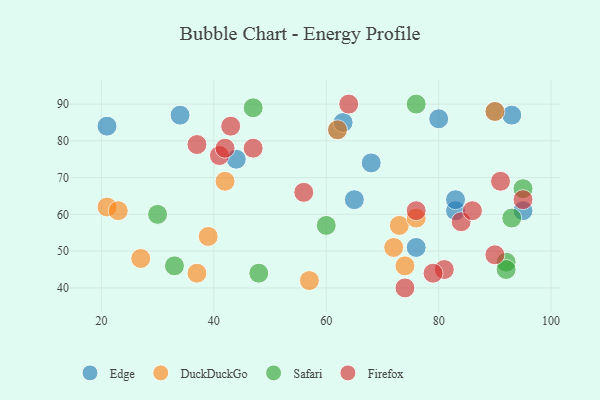
{"axis": {"x": "GDP", "y": "Life Expectancy"}, "legend": ["DuckDuckGo", "Edge", "Firefox", "Safari"], "data": [{"x": "90", "y": 88, "type": "Edge"}, {"x": "62", "y": 83, "type": "Edge"}, {"x": "83", "y": 61, "type": "Edge"}, {"x": "21", "y": 84, "type": "Edge"}, {"x": "80", "y": 86, "type": "Edge"}, {"x": "63", "y": 85, "type": "Edge"}, {"x": "93", "y": 87, "type": "Edge"}, {"x": "65", "y": 64, "type": "Edge"}, {"x": "68", "y": 74, "type": "Edge"}, {"x": "76", "y": 51, "type": "Edge"}, {"x": "44", "y": 75, "type": "Edge"}, {"x": "83", "y": 64, "type": "Edge"}, {"x": "34", "y": 87, "type": "Edge"}, {"x": "95", "y": 61, "type": "Edge"}, {"x": "73", "y": 57, "type": "DuckDuckGo"}, {"x": "21", "y": 62, "type": "DuckDuckGo"}, {"x": "57", "y": 42, "type": "DuckDuckGo"}, {"x": "90", "y": 88, "type": "DuckDuckGo"}, {"x": "42", "y": 69, "type": "DuckDuckGo"}, {"x": "27", "y": 48, "type": "DuckDuckGo"}, {"x": "62", "y": 83, "type": "DuckDuckGo"}, {"x": "39", "y": 54, "type": "DuckDuckGo"}, {"x": "76", "y": 59, "type": "DuckDuckGo"}, {"x": "37", "y": 44, "type": "DuckDuckGo"}, {"x": "74", "y": 46, "type": "DuckDuckGo"}, {"x": "72", "y": 51, "type": "DuckDuckGo"}, {"x": "23", "y": 61, "type": "DuckDuckGo"}, {"x": "92", "y": 47, "type": "Safari"}, {"x": "47", "y": 89, "type": "Safari"}, {"x": "76", "y": 90, "type": "Safari"}, {"x": "92", "y": 45, "type": "Safari"}, {"x": "95", "y": 67, "type": "Safari"}, {"x": "93", "y": 59, "type": "Safari"}, {"x": "30", "y": 60, "type": "Safari"}, {"x": "48", "y": 44, "type": "Safari"}, {"x": "33", "y": 46, "type": "Safari"}, {"x": "60", "y": 57, "type": "Safari"}, {"x": "37", "y": 79, "type": "Firefox"}, {"x": "84", "y": 58, "type": "Firefox"}, {"x": "95", "y": 64, "type": "Firefox"}, {"x": "47", "y": 78, "type": "Firefox"}, {"x": "76", "y": 61, "type": "Firefox"}, {"x": "86", "y": 61, "type": "Firefox"}, {"x": "81", "y": 45, "type": "Firefox"}, {"x": "41", "y": 76, "type": "Firefox"}, {"x": "74", "y": 40, "type": "Firefox"}, {"x": "43", "y": 84, "type": "Firefox"}, {"x": "56", "y": 66, "type": "Firefox"}, {"x": "91", "y": 69, "type": "Firefox"}, {"x": "90", "y": 49, "type": "Firefox"}, {"x": "64", "y": 90, "type": "Firefox"}, {"x": "79", "y": 44, "type": "Firefox"}, {"x": "42", "y": 78, "type": "Firefox"}]}